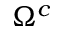
\Omega ^ { c }